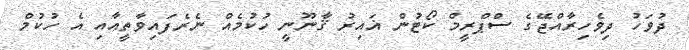
ދުވަހު ދިވެހިރާއްޖޭގެ ސްޕްރީމް ކޯޓުން ޣައިރު ޤާނޫނީ ހުކުމެއް ނެރެފައިވާތީއާއި އެ ހުކުމް